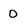
Character: 0